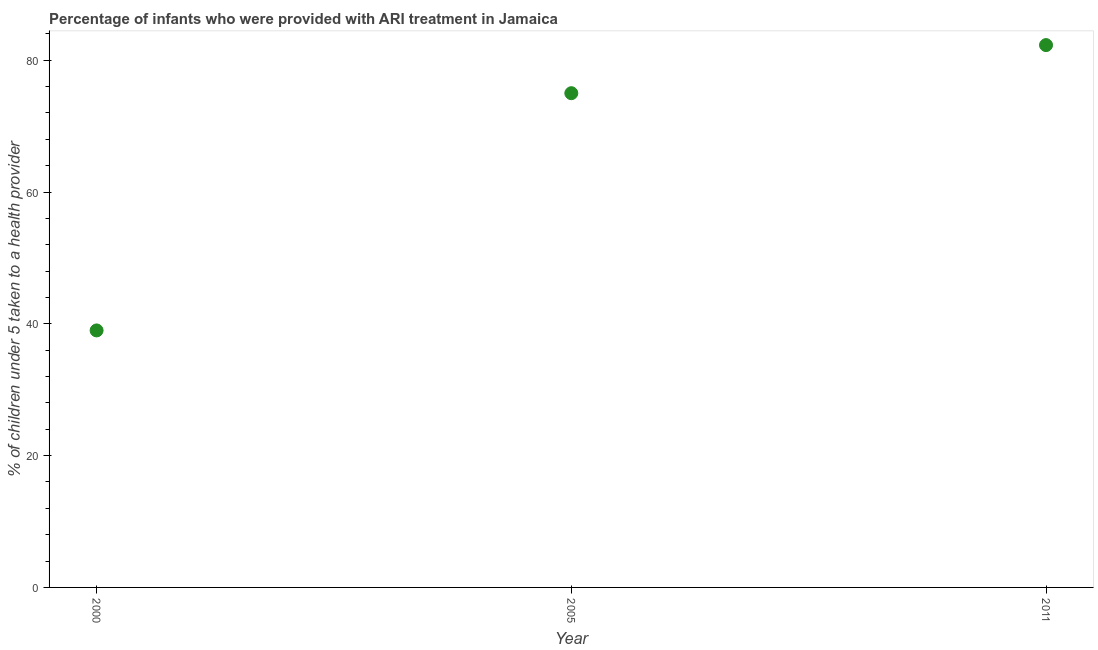
| Year | ARI treatment |
 | --- | --- |
 | 2000 | 39 |
 | 2005 | 75 |
 | 2011 | 82.3 |